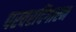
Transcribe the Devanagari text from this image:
परवरदिगारन